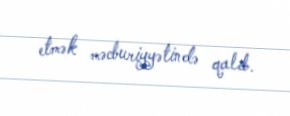
etmək məcburiyyətində qalıb.